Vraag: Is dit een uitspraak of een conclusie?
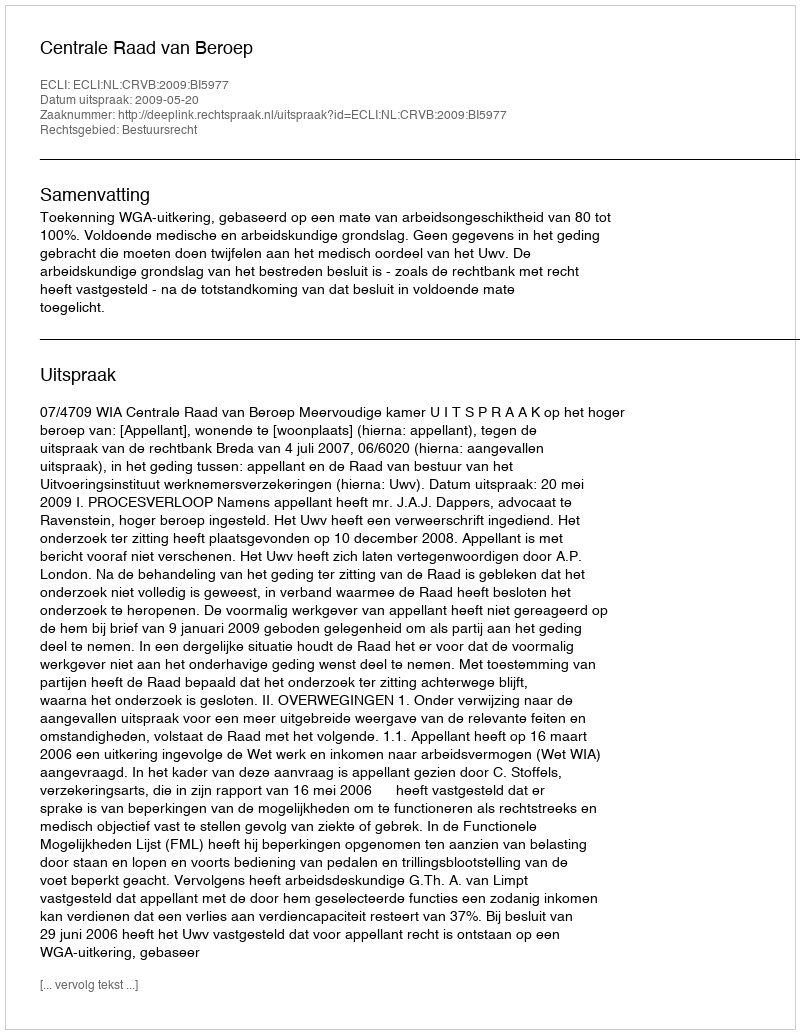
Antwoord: Uitspraak